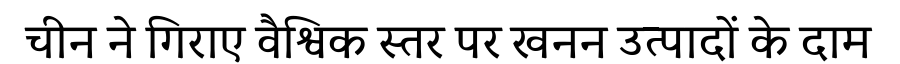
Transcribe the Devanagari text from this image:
चीन ने गिराए वैश्विक स्तर पर खनन उत्पादों के दाम